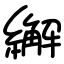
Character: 繲